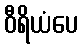
ဝီရိယံပေ